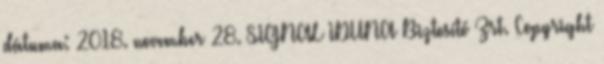
dátuma: 2018. november 28. SIGNAL IDUNA Biztosító Zrt. Copyright